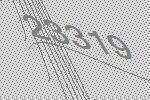
23319